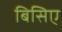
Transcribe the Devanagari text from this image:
बिसिए